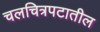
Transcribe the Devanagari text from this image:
चलचित्रपटातील